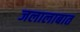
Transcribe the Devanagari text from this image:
जलालाबात